Tezpur Lunatic Asylum reports 1877-1894 - 1877-1894
Year: 1877
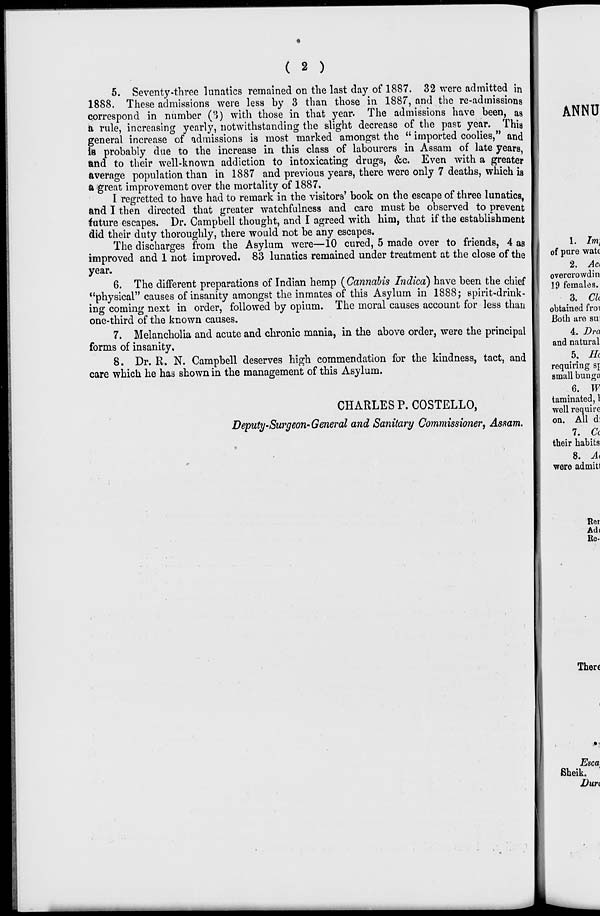
( 2 )
5. Seventy-three lunatics remained on the last day of 18S7. 32 were admitted in
1888. These admissions were less by 3 than those in 1887, and the re-admissions
correspond in number (3) with those in that year. The admissions have been, as
a rule, increasing yearly, notwithstanding the slight decrease of the past year. This
general increase of admissions is most marked amongst the " imported coolies," and
ia probably due to the increase in this class of labourers in Assam of late years,
and to their well-known addiction to intoxicating drugs, &c. Even with a greater
average population than in 1887 and previous years, there were only 7 deaths, which is
a great improvement over the mortality of 1887.
I regretted to have had to remark in the visitors' book on the escape of three lunatics,
and I then directed that greater watchfulness and care must be observed to prevent
future escapes. Dr. Campbell thought, and I agreed with him, that if the establishment
did their duty thoroughly, there would not be any escapes.
The discharges from the Asylum were—10 cured, 5 made over to friends, 4 as
improved and 1 not improved. 83 lunatics remained under treatment at the close of the
year.
6. The different preparations of Indian hemp (Cannabis Indica) have been the chief
"physical" causes of insanity amongst the inmates of this Asylum in 1888; spirit-drink-
ing coming next in order, followed by opium. The moral causes account for less than
one-third of the known causes.
7. Melancholia and acute and chronic mania, in the above order, were the principal
forms of insanity,
8. Dr. R. N. Campbell deserves high commendation for the kindness, tact, and
care which he has shown in the management of this Asylum.
requiring s\
CHARLES P. COSTELLO,
Deputy-Surgeon-General and Sanitary Commissioner, Asftam.